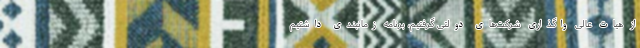
از هیات عالی واگذاری شرکت‌های دولتی گرفتیم، برنامه زمانبندی داشتیم